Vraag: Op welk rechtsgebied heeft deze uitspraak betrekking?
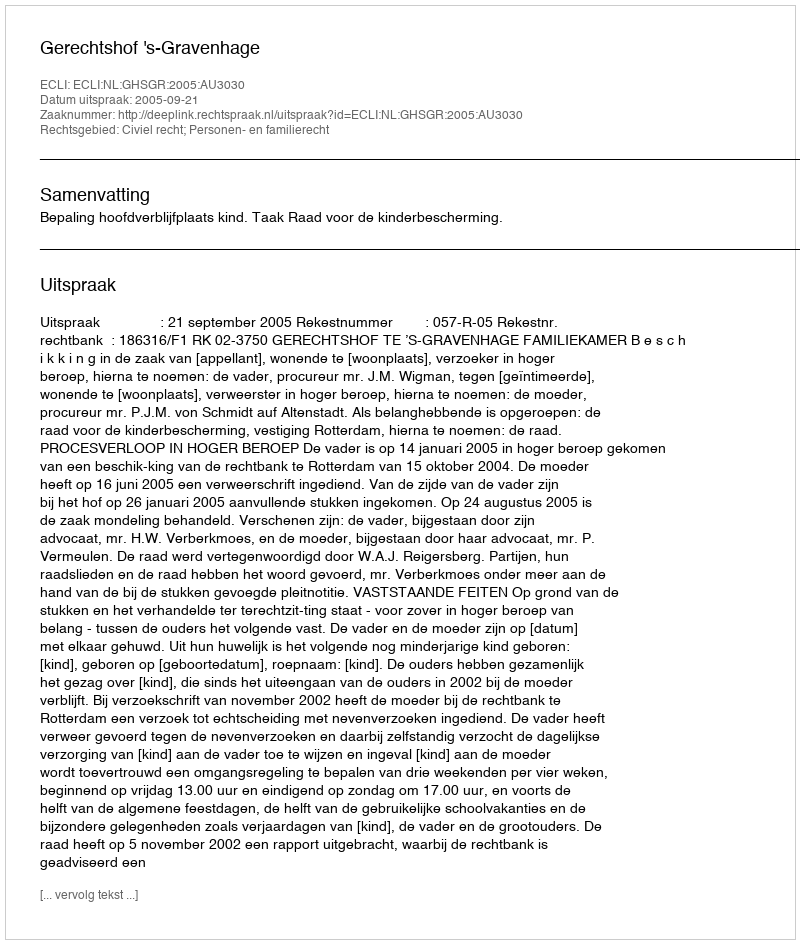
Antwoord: Civiel recht; Personen- en familierecht